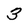
Character: 3